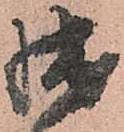
拙